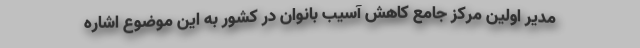
مدیر اولین مرکز جامع کاهش آسیب بانوان در کشور به این موضوع اشاره